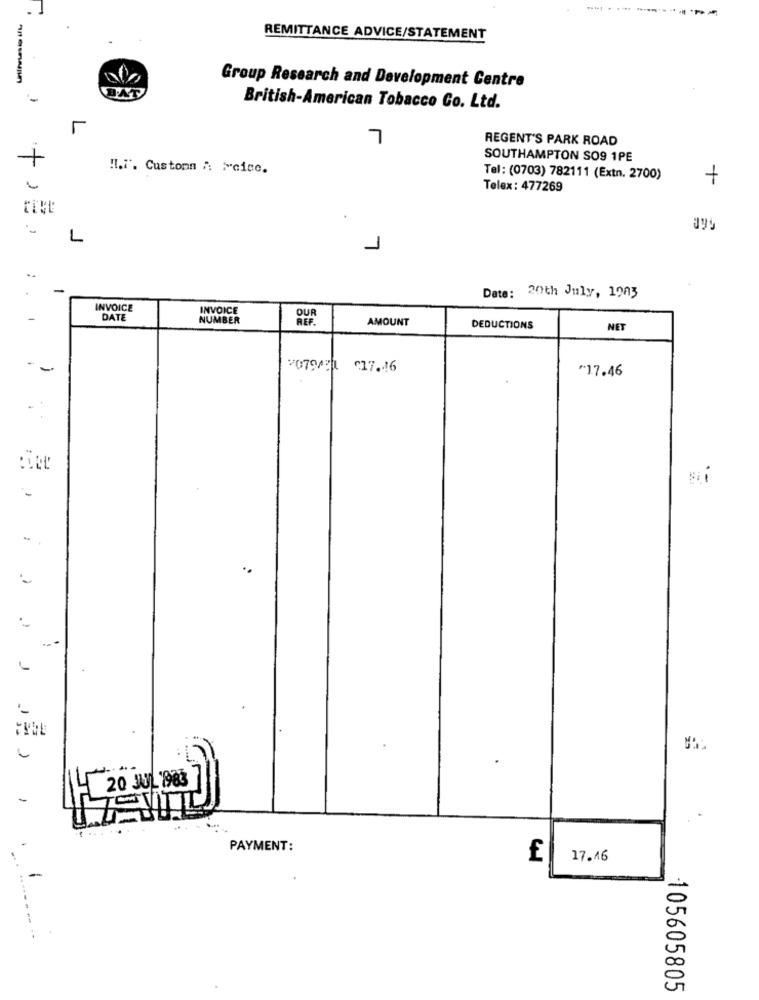
REMITTANCE ADVICE/STATEMENT
----
Group Research and Development Centre
-
British-American Tobacco Co. Ltd.
L
7
REGENT'S PARK ROAD
SOUTHAMPTON SO9 1PE
!L.i'. Customn & >cicc.
Tel: (0703) 782111 (Extn. 2700)
+
Telex : 477269
L
1
..
Date: 20th July, 1903
INVOICE
INVOICE
OUR
-
DATE
NUMBER
REF.
AMOUNT
DEDUCTIONS
NET
-
€17 .. 16
"17.46
. .
:
1
---
20 JUL983
PAYMENT:
£
17.16
105605805